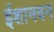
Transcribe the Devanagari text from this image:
ईशानवन